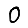
Digit: 0